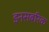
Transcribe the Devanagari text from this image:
इनसबरिक